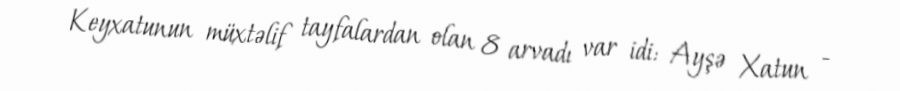
Keyxatunun müxtəlif tayfalardan olan 8 arvadı var idi: Ayşə Xatun -